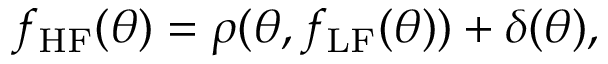
f _ { \mathrm { H F } } ( \boldsymbol { \theta } ) = \rho ( \boldsymbol { \theta } , f _ { \mathrm { L F } } ( \boldsymbol { \theta } ) ) + \delta ( \boldsymbol { \theta } ) ,